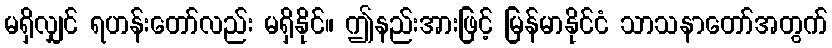
မရှိလျှင် ရဟန်းတော်လည်း မရှိနိုင်။ ဤနည်းအားဖြင့် မြန်မာနိုင်ငံ သာသနာတော်အတွက်